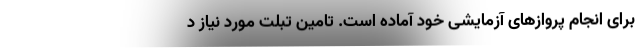
برای انجام پروازهای آزمایشی خود آماده است. تامین تبلت مورد نیاز د